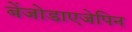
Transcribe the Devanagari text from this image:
बेंजोडाएजेपिन